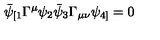
\bar { \psi } _ { [ 1 } \Gamma ^ { \mu } \psi _ { 2 } \bar { \psi } _ { 3 } \Gamma _ { \mu \nu } \psi _ { 4 ] } = 0